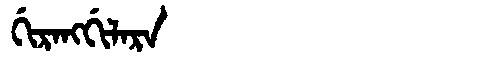
Manchu: ᡤᡳᡵᠠᠩᡤᡳᠯᠠᡵᠠ
Romanization: GIRANGGILARA